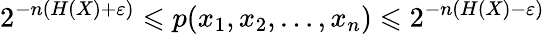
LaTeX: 2^{-n(H(X)+\varepsilon)}\leqslant p(x_{1},x_{2},\dots,x_{n})\leqslant 2^{-n(H(X)-\varepsilon)}